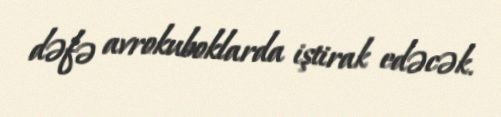
dəfə avrokuboklarda iştirak edəcək.